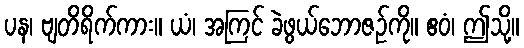
ပန၊ ဗျတိရိက်ကား။ ယံ၊ အကြင် ခဲဖွယ်ဘောဇဉ်ကို။ ဧဝံ၊ ဤသို့။